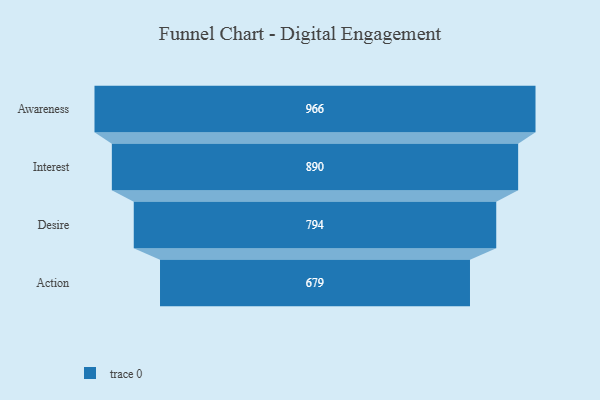
{"axis": {"x": "Stage", "y": "Value"}, "legend": [""], "data": [{"x": "Awareness", "y": 966.0, "type": ""}, {"x": "Interest", "y": 890.0, "type": ""}, {"x": "Desire", "y": 794.0, "type": ""}, {"x": "Action", "y": 679.0, "type": ""}]}